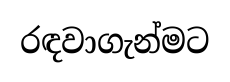
රඳවාගැන්මට